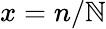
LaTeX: x=n/\mathbb{N}